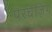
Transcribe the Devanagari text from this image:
परचेज़िंग